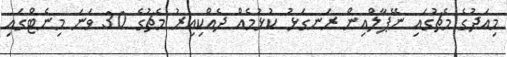
މިއަދުގެ މެޗުގައި ނޭޕާލްއިން ރަނގަޅު ކުޅުމެއް ދެއްކިއިރު މެޗުގެ 30 ވަނަ މިނެޓްގައި